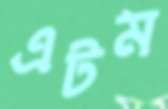
এটম